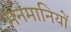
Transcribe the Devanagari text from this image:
मनमानियों